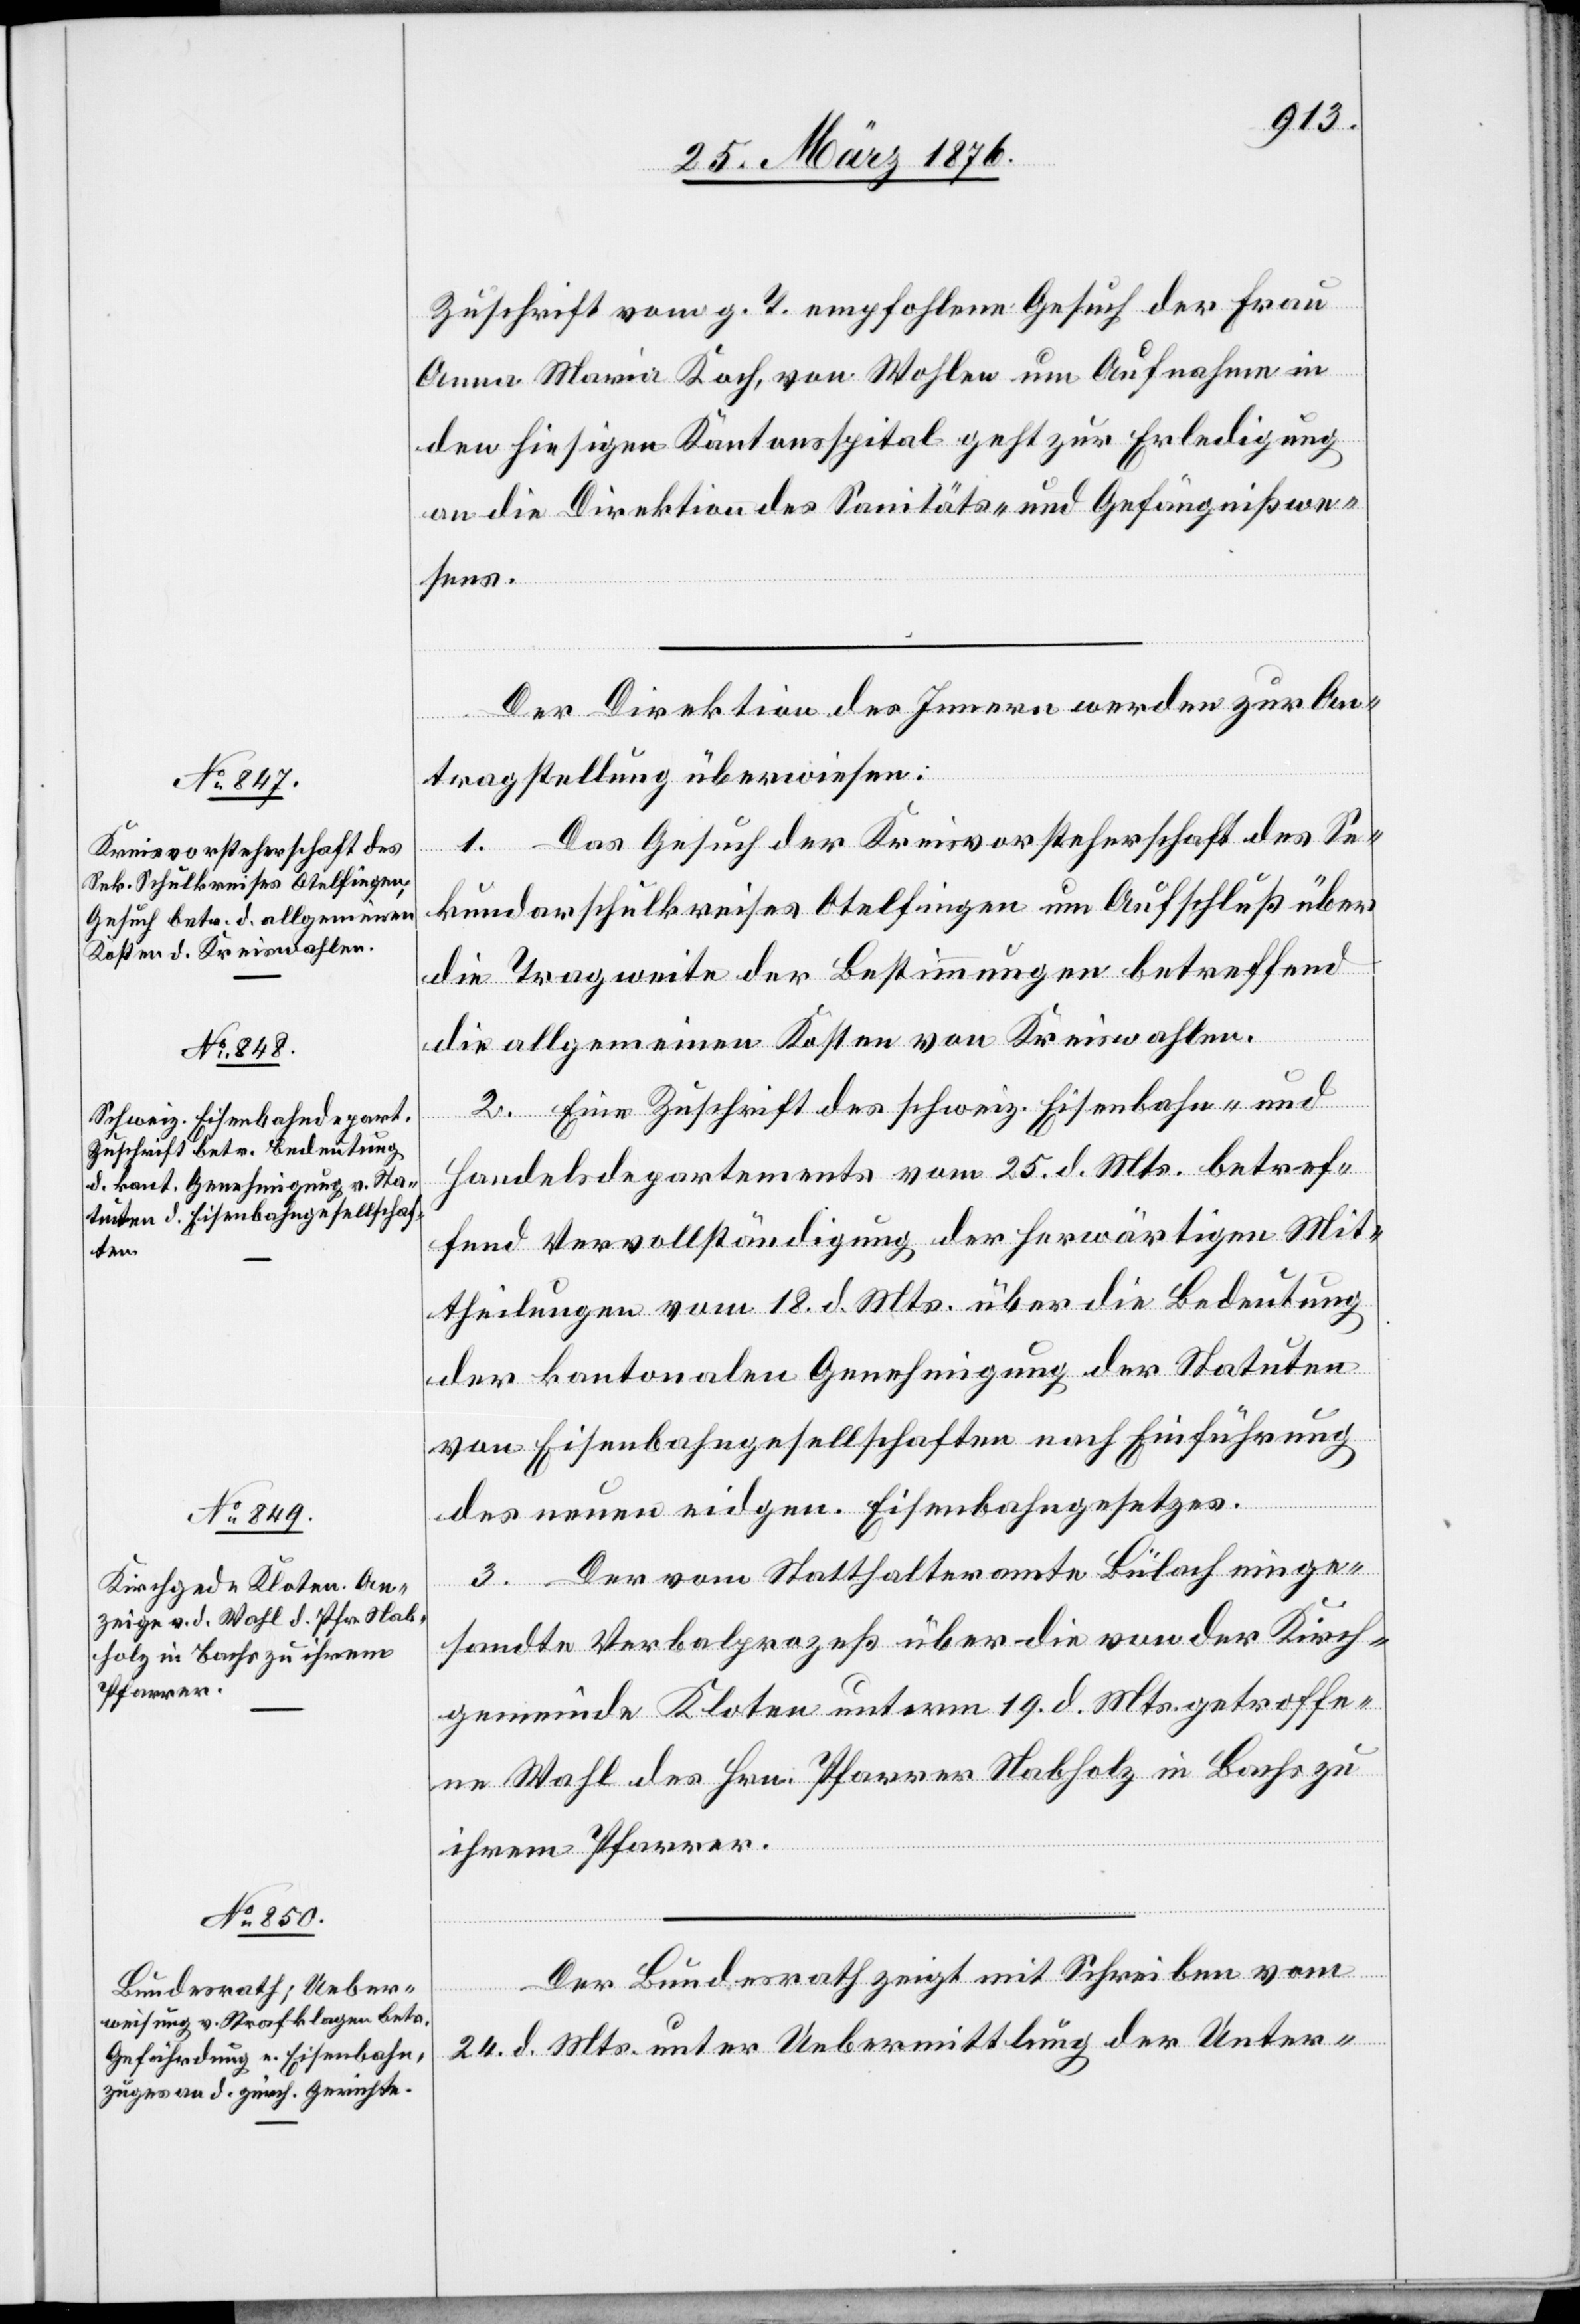
28. März 1876.]
Zuschrift vom g. T. empfohlene Gesuch der Frau
Anna Maria Roch, von Wohlen um Aufnahme in
den hiesigen Kantonsspital geht zur Erledigung
an die Direktion des Sanitäts- und Gefängnißwe¬
sens.
Der Direktion des Innern werden zur An¬
tragstellung überwiesen:
1. Das Gesuch der Kreisvorsteherschaft des Se¬
kundarschulkreises Otelfingen um Aufschluß über
die Tragweite der Bestimmungen betreffend
die allgemeinen Kosten von Kreiswahlen.
2. Eine Zuschrift des schweiz. Eisenbahn- und
Handelsdepartement vom 25. d. Mts. betref¬
fend Vervollständigung der herwärtigen Mit¬
theilungen vom 18. d. Mts. über die Bedeutung
der kantonalen Genehmigung der Statuten
von Eisenbahngesellschaften nach Einführung
des neuen eidgen. Eisenbahngesetzes.
3. Der vom Statthalteramte Bülach einge¬
sandte Verbalprozeß über die von der Kirch¬
gemeinde Kloten unterm 19. d. Mts. getroffe¬
ne Wahl des Hrn. Pfarrer Habholz in Bachs zu
ihrem Pfarrer.
Der Bundesrath zeigt mit Schreiben vom
24. d. Mts. unter Uebermittlung der Unter-